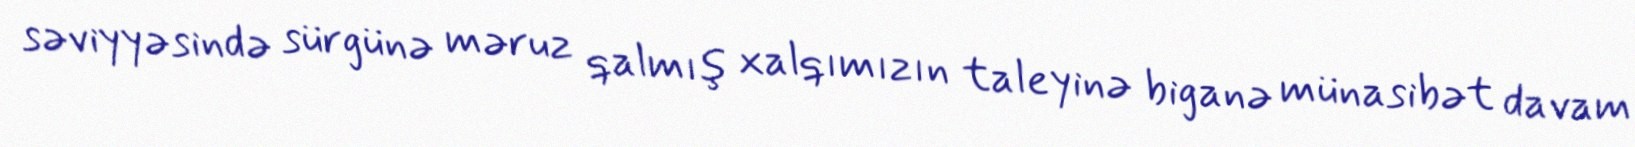
səviyyəsində sürgünə məruz qalmış xalqımızın taleyinə biganə münasibət davam